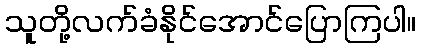
သူတို့လက်ခံနိုင်အောင်ပြောကြပါ။